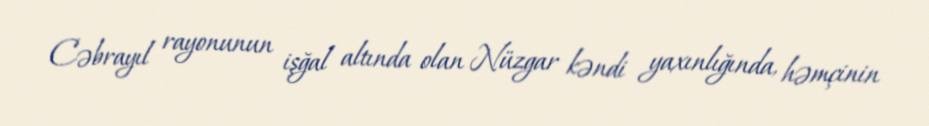
Cəbrayıl rayonunun işğal altında olan Nüzgar kəndi yaxınlığında, həmçinin